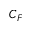
C _ { F }